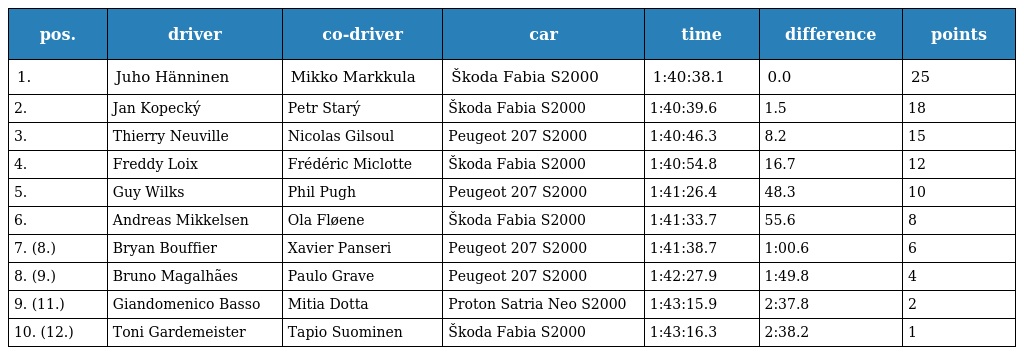
| pos. | driver | co-driver | car | time | difference | points |
 | --- | --- | --- | --- | --- | --- | --- |
 | 1. | Juho Hänninen | Mikko Markkula | Škoda Fabia S2000 | 1:40:38.1 | 0.0 | 25 |
 | 2. | Jan Kopecký | Petr Starý | Škoda Fabia S2000 | 1:40:39.6 | 1.5 | 18 |
 | 3. | Thierry Neuville | Nicolas Gilsoul | Peugeot 207 S2000 | 1:40:46.3 | 8.2 | 15 |
 | 4. | Freddy Loix | Frédéric Miclotte | Škoda Fabia S2000 | 1:40:54.8 | 16.7 | 12 |
 | 5. | Guy Wilks | Phil Pugh | Peugeot 207 S2000 | 1:41:26.4 | 48.3 | 10 |
 | 6. | Andreas Mikkelsen | Ola Fløene | Škoda Fabia S2000 | 1:41:33.7 | 55.6 | 8 |
 | 7. (8.) | Bryan Bouffier | Xavier Panseri | Peugeot 207 S2000 | 1:41:38.7 | 1:00.6 | 6 |
 | 8. (9.) | Bruno Magalhães | Paulo Grave | Peugeot 207 S2000 | 1:42:27.9 | 1:49.8 | 4 |
 | 9. (11.) | Giandomenico Basso | Mitia Dotta | Proton Satria Neo S2000 | 1:43:15.9 | 2:37.8 | 2 |
 | 10. (12.) | Toni Gardemeister | Tapio Suominen | Škoda Fabia S2000 | 1:43:16.3 | 2:38.2 | 1 |